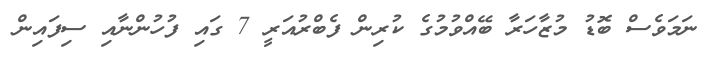
ނަމަވެސް ބޮޑު މުޒާހަރާ ބޭއްވުމުގެ ކުރިން ފެބްރުއަރީ 7 ގައި ފުހުންނާއި ސިފައިން